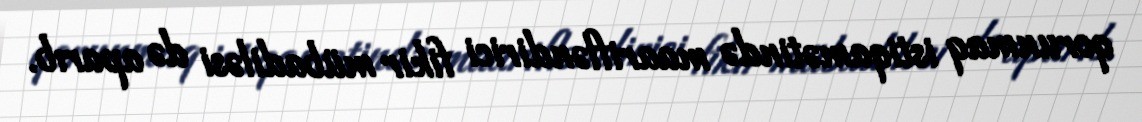
qorunmaq istiqamətində maarifləndirici fikir mübadiləsi də aparıb.